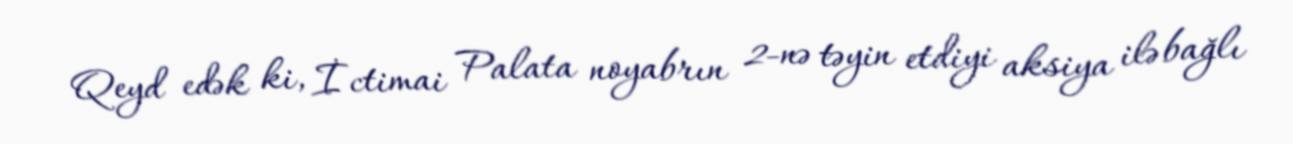
Qeyd edək ki, İctimai Palata noyabrın 2-nə təyin etdiyi aksiya ilə bağlı